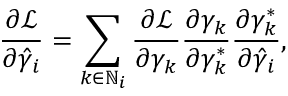
\frac { \partial \mathcal { L } } { \partial \hat { \gamma } _ { i } } = \sum _ { k \in \mathbb { N } _ { i } } \frac { \partial \mathcal { L } } { \partial \gamma _ { k } } \frac { \partial \gamma _ { k } } { \partial { \gamma } _ { k } ^ { * } } \frac { \partial { \gamma } _ { k } ^ { * } } { \partial \hat { \gamma } _ { i } } ,